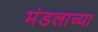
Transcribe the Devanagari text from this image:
मंडलाच्या